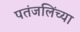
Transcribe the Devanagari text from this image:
पतंजलिंच्या